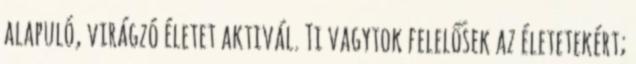
alapuló, virágzó életet aktivál. Ti vagytok felelősek az életetekért;